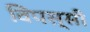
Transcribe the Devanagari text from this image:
विपस्सी